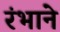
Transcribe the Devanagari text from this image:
रंभाने